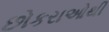
છોકરાઓથી